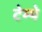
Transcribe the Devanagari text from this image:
टेम्पे